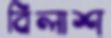
বিলাশ